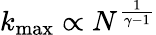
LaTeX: k_{\operatorname*{max}}\propto N^{\frac{1}{\gamma-1}}